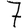
Digit: 7